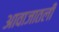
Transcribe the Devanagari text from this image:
आवाजातली